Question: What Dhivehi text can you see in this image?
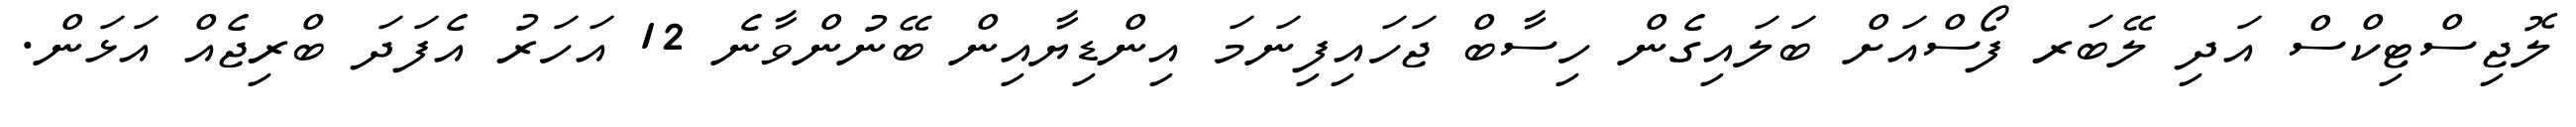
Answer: ލޮޖިސްޓިކްސް އަދި ލޭބަރ ފޯސްއަށް ބަލައިގެން ހިސާބް ޖަހައިފިނަމަ އިންޑިޔާއިން ބޭނުންވާނެ 12 އަހަރު އެފަދަ ބްރިޖެއް އަޅަން.